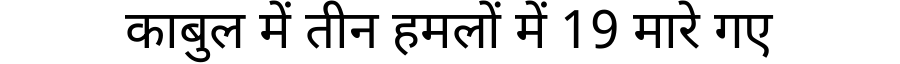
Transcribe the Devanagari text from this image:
काबुल में तीन हमलों में 19 मारे गए